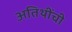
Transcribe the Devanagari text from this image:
अतिथींची